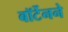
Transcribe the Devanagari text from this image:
बॉर्टेनने